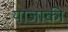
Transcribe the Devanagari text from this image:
याजाकी